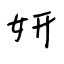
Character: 妍